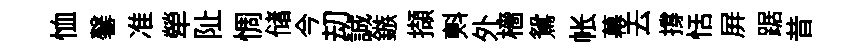
恤馨准犖阯惆储今刧誠鏃擷㪺外檣鴛帐幕去撐恬屏踞昔